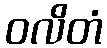
ဝလိတံ